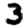
Digit: 3